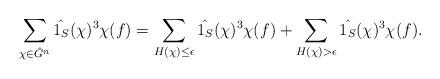
LaTeX: \begin{align*} \sum_{\chi\in\hat{G}^n} \hat{1_S}(\chi)^3 \chi(f) = \sum_{H(\chi) \leq \epsilon} \hat{1_S}(\chi)^3 \chi(f) + \sum_{H(\chi)>\epsilon} \hat{1_S}(\chi)^3 \chi(f).\end{align*}